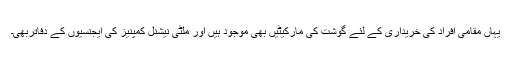
یہاں مقامی افراد کی خریداری کے لئے گوشت کی مارکیٹیں بھی موجود ہیں اور ملٹی نیشنل کمپنیز کی ایجنسیوں کے دفاتربھی۔